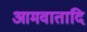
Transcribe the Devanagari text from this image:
आमवातादि